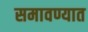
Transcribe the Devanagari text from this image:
समावण्यात